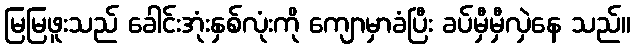
မြမြဖူးသည် ခေါင်းအုံးနှစ်လုံးကို ကျောမှာခံပြီး ခပ်မှီမှီလှဲနေ သည်။